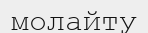
молайту